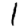
Digit: 1